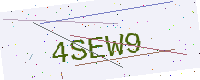
Text: 4SEW9